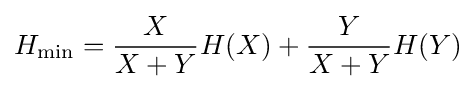
H_{\min }={\frac {X}{X+Y}}H(X)+{\frac {Y}{X+Y}}H(Y)